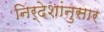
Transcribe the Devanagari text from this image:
निर्देशांनुसार